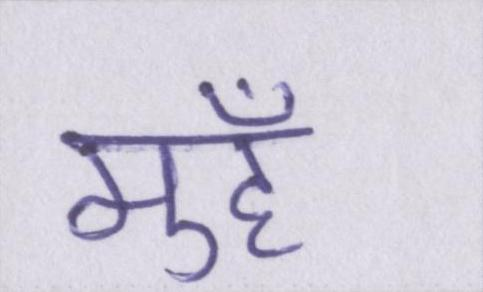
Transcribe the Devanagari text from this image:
मुहँ